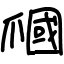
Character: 𤔩